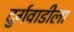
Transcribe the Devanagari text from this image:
दुर्गवाडीला